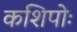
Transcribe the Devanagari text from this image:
कशिपोः